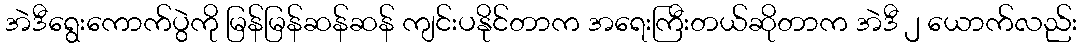
အဲဒီရွေးကောက်ပွဲကို မြန်မြန်ဆန်ဆန် ကျင်းပနိုင်တာက အရေးကြီးတယ်ဆိုတာက အဲဒီ ၂ ယောက်လည်း